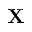
{ \bf X }